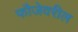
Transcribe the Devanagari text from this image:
फौजेवरील